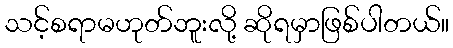
သင့်စရာမဟုတ်ဘူးလို့ ဆိုရမှာဖြစ်ပါတယ်။